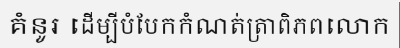
គំនូរ ដើម្បីបំបែកកំណត់ត្រាពិភពលោក